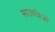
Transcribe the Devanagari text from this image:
साउथब्रिजों